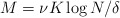
\begin{align*}M = \nu K \log N/\delta\end{align*}